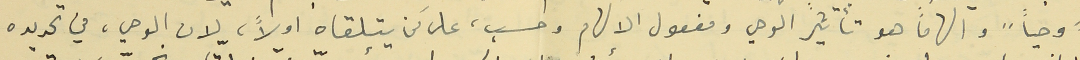
"وحياً" والهاماً هو تأثير الوحي ومفعول الالهام وحسب، على مَن يتلقاه اولاً، لان الوحي، في تحديده